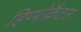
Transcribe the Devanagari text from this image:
हिप्पोक्रैटस